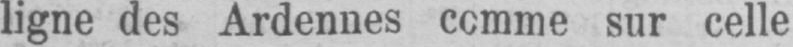
ligne des Ardennes comme sur celle